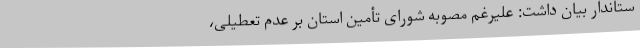
ستاندار بیان داشت: علیرغم مصوبه شورای تأمین استان بر عدم تعطیلی،